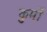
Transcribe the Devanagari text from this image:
कुर्मो